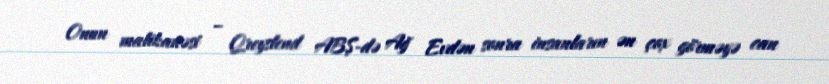
Onun malikanəsi – Qreyslend ABŞ-də Ağ Evdən sonra insanların ən çox görməyə can